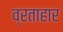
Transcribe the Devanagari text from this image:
व्रताहार